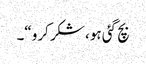
بچ گئی ہو، شکر کرو“۔